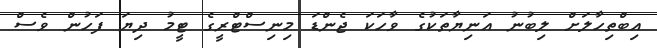
އިބްތިހާލަށް ލިބުނު އަނިޔާތަކުގެ ވާހަކަ ޖެންޑަ މިނިސްޓްރީގެ ޓީމު ދިޔަ ފަހުން ވެސް